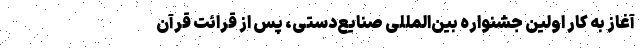
آغاز به کار اولین جشنواره بین‌المللی صنایع‌دستی، پس از قرائت قرآن